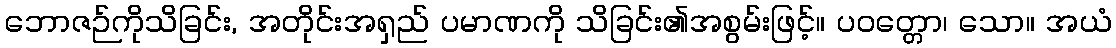
ဘောဇဉ်ကိုသိခြင်း, အတိုင်းအရှည် ပမာဏကို သိခြင်း၏အစွမ်းဖြင့်။ ပဝတ္တော၊ သော။ အယံ